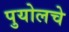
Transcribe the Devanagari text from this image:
पुयोलचे